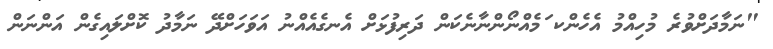
"ނަމާދަށްވުރެ މުހިއްމު އެހެންކ ަމެއްނޯންނާނެކަން ދަރިފުޅަށް އެނގެއެއްނު އަވަހަށްދޭ ނަމާދު ކޮށްލައިގެން އަންނަން